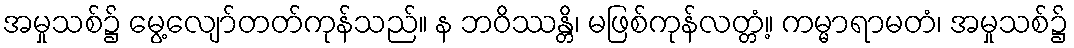
အမှုသစ်၌ မွေ့လျော်တတ်ကုန်သည်။ န ဘဝိဿန္တိ၊ မဖြစ်ကုန်လတ္တံ့။ ကမ္မာရာမတံ၊ အမှုသစ်၌